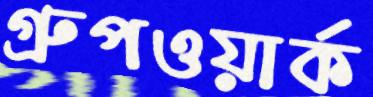
গ্রুপওয়ার্ক